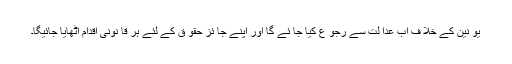
یو نین کے خلا ف اب عدا لت سے رجو ع کیا جا ئے گا اور اپنے جا ئز حقو ق کے لئے ہر قا نونی اقدام اٹھایا جائیگا۔